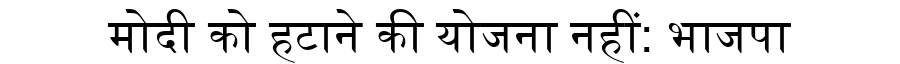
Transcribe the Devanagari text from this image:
मोदी को हटाने की योजना नहीं: भाजपा